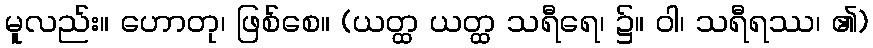
မူလည်း။ ဟောတု၊ ဖြစ်စေ။ (ယတ္ထ ယတ္ထ သရီရေ၊ ၌။ ဝါ၊ သရီရဿ၊ ၏)